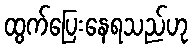
ထွက်ပြေးနေရသည်ဟု